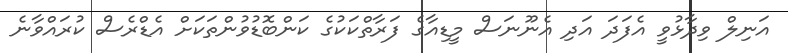
އަނިލް ވިދާޅުވީ އެފަދަ އަދި އެނޫނަސް މީޑިއާގެ ފަރާތްކަކުގެ ކަންބޮޑުވުންތަކަށް އެޑްރެސް ކުރައްވާނެ